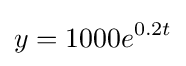
y=1000e^{0.2t}